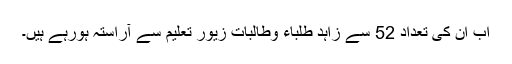
اب ان کی تعداد 52 سے زاہد طلباء وطالبات زیور تعلیم سے آراستہ ہورہے ہیں۔